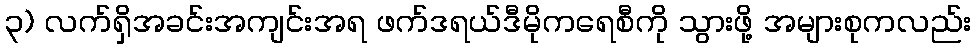
၃) လက်ရှိအခင်းအကျင်းအရ ဖက်ဒရယ်ဒီမိုကရေစီကို သွားဖို့ အများစုကလည်း